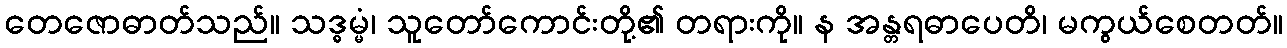
တေဇောဓာတ်သည်။ သဒ္ဓမ္မံ၊ သူတော်ကောင်းတို့၏ တရားကို။ န အန္တရဓာပေတိ၊ မကွယ်စေတတ်။